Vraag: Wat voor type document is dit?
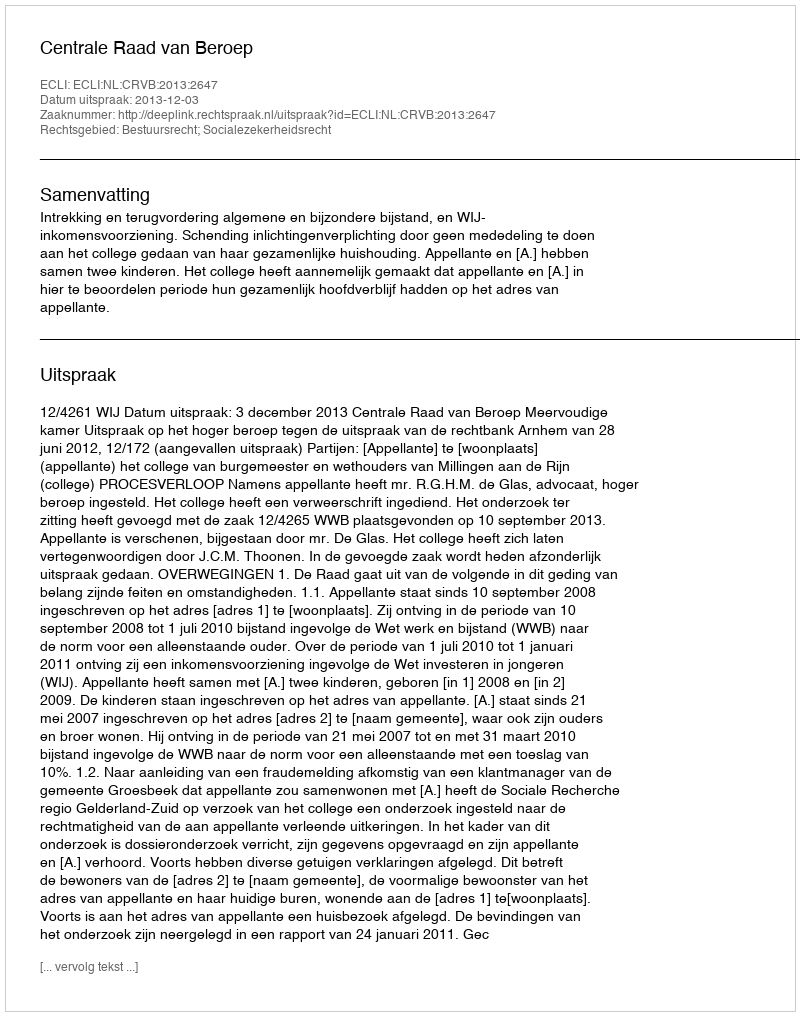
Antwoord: Uitspraak